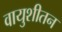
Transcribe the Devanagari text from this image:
वायुशीतन